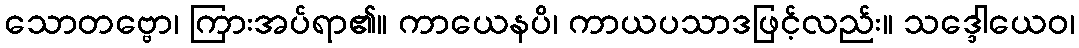
သောတဗ္ဗော၊ ကြားအပ်ရာ၏။ ကာယေနပိ၊ ကာယပသာဒဖြင့်လည်း။ သဒ္ဒေါယေဝ၊